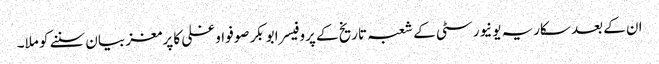
ان کے بعد سکاریہ یونیورسٹی کے شعبہ تاریخ کے پروفیسر ابوبکر صوفو اوغلی کا پرمغز بیان سننے کو ملا۔